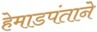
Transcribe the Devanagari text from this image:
हेमाडपंताने